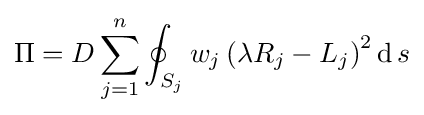
\Pi =D\sum _{j=1}^{n}\oint _{S_{j}}w_{j}\left(\lambda R_{j}-L_{j}\right)^{2}\operatorname {d} s